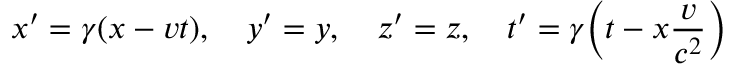
x ^ { \prime } = \gamma ( x - v t ) , \quad y ^ { \prime } = y , \quad z ^ { \prime } = z , \quad t ^ { \prime } = \gamma \Big ( t - x \frac { v } { c ^ { 2 } } \Big )